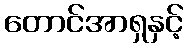
တောင်အာရှနှင့်